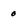
Character: 0